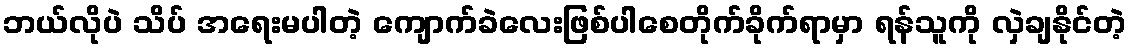
ဘယ်လိုပဲ သိပ် အရေးမပါတဲ့ ကျောက်ခဲလေးဖြစ်ပါစေတိုက်ခိုက်ရာမှာ ရန်သူကို လှဲချနိုင်တဲ့